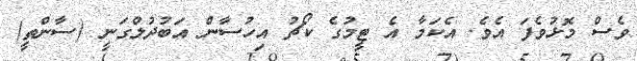
ވެސް މޮޅުވެފަ އެވެ. އެކަމާ އެ ޓީމުގެ ކޯޗު އިހުސާން އަބުދުލްގަނީ (ސާންތީ)